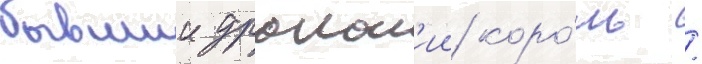
бывшии дракон'ии коро́ль /